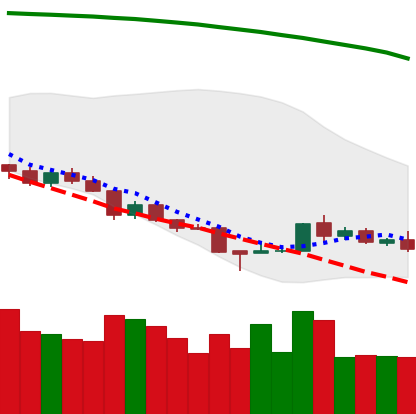
Ticker: TRX-USD
Chart end date: 2018-08-22
Forward return: 24.087%
Label: up_7plus